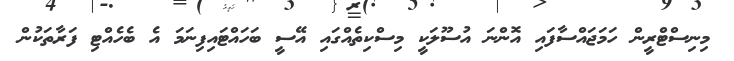
މިނިސްޓްރީން ހަމަޖައްސާފައި އޮންނަ އުސޫލަކީ މިސްކިތެއްގައި އޭސީ ބަހައްޓައިފިނަމަ އެ ބެހެއްޓި ފަރާތަކުން